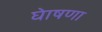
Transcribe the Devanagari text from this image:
घेाषणा